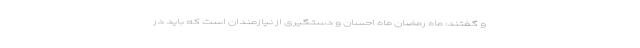
و گفتند: ماه رمضان ماه احسان و دستگیری از نیازمندان است که باید در